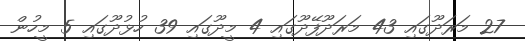
27 މަރަދޫގައި 43 މަރަދޫފޭދޫގައި 4 މީދޫގައި 39 ހުޅުދޫގައި 5 މީހުން